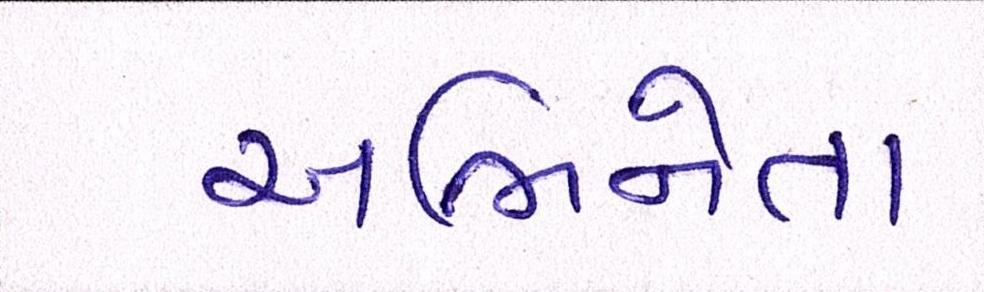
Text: અભિનેતા